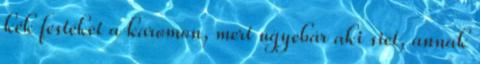
kék festéket a karomon, mert ugyebár aki siet, annak